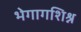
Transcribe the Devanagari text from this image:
भेगागशिश्न